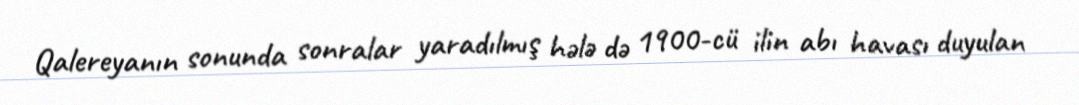
Qalereyanın sonunda sonralar yaradılmış hələ də 1900-cü ilin abı havası duyulan